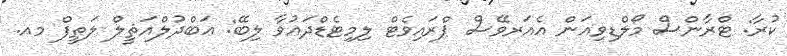
ކުރާ: ޓްރާންސް މޯލްޑިވިއަން އެއަރވޭސް ޕްރައިވެޓް ލިމިޓެޑްދައުވާ ލިބޭ: ޢަބްދުލްއަޘީލް ލަތީފް މއ.